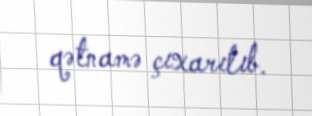
qətnamə çıxarılıb.